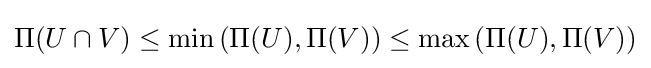
\Pi (U\cap V)\leq \min \left(\Pi (U),\Pi (V)\right)\leq \max \left(\Pi (U),\Pi (V)\right)